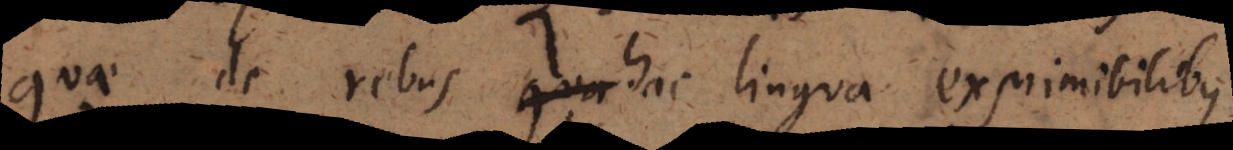
quae de rebus hac lingua exprimibilibus